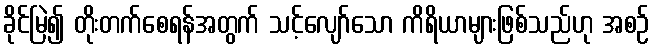
ခိုင်မြဲ၍ တိုးတက်စေရန်အတွက် သင့်လျော်သော ကိရိယာများဖြစ်သည်ဟု အစဉ်